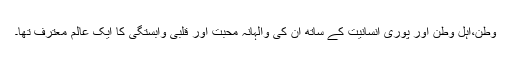
وطن،اہل وطن اور پوری انسانیت کے ساتھ ان کی والہانہ محبت اور قلبی وابستگی کا ایک عالم معترف تھا۔